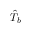
\hat { T } _ { b }